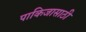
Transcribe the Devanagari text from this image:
पाकिजासाठी